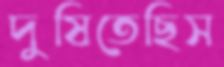
দুষিতেছিস